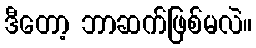
ဒီတော့ ဘာဆက်ဖြစ်မလဲ။